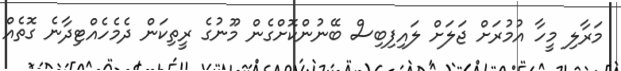
މަރާލި މީހާ އުމުރަށް ޖަލަށް ލައިފިބިސް ބޭނުންކޮށްގެން މޫނުގެ ރީތިކަން ދެމެހެއްޓިދާނެ ގޮތެއް